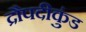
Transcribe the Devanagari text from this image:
द्रौपदीकुंड